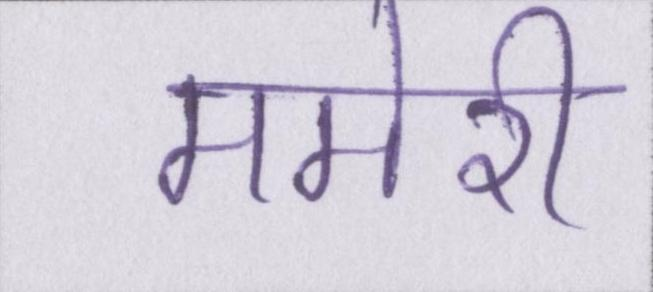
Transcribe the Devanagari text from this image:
ममेरी